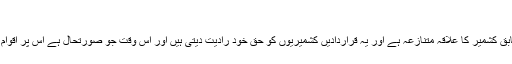
’
انھوں نے کہا کہ سلامتی کونسل کی قراردادوں کے مطابق کشمیر کا علاقہ متنازعہ ہے اور یہ قراردادیں کشمیریوں کو حق خود رادیت دیتی ہیں اور اس وقت جو صورتحال ہے اس پر اقوام متحدہ کی ذمہ داری بنتی ہے کہ وہ اپنا کردار ادا کرے۔